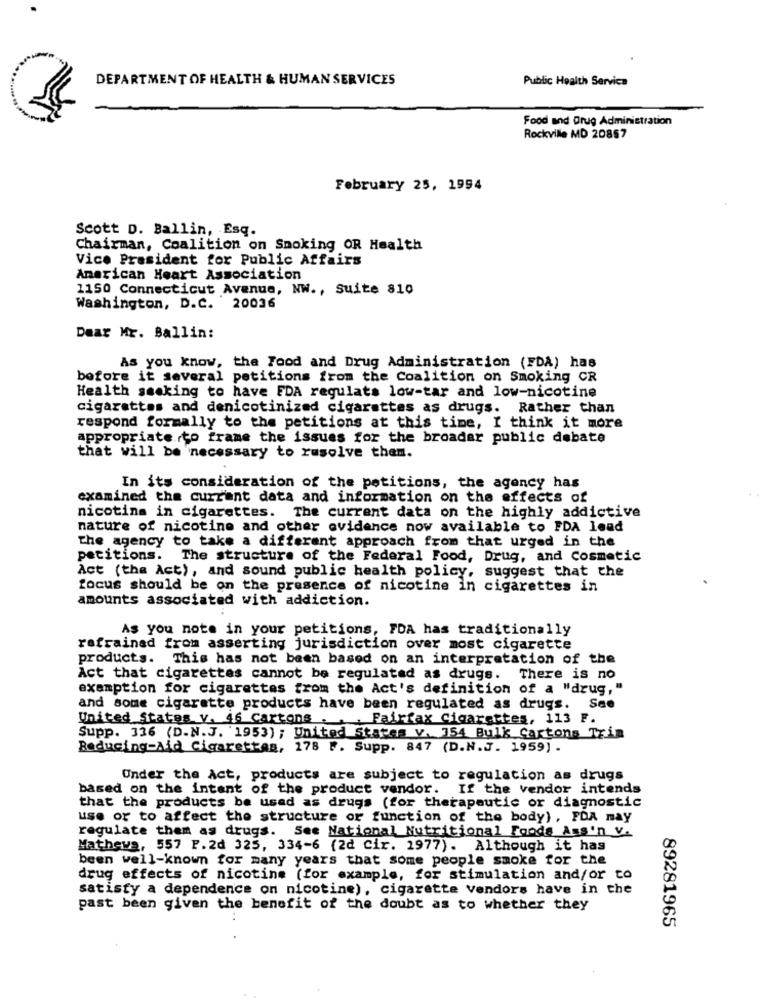
DEPARTMENT OF HEALTH & HUMAN SERVICES
Public Health Service
Food and Drug Administration
Rockville MD 20857
February 25, 1994
Scott D. Ballin, Esq.
Chairman, Coalition on Smoking OR Health
Vice President for Public Affairs
American Heart Association
1150 Connecticut Avenue, NW ., Suite 810
Washington, D.C. 20036
Dear Mr. Ballin:
As you know, the Food and Drug Administration (FDA) has
before it several petitions from the Coalition on Smoking CR
Health smoking to have FDA regulats low-tar and low-nicotine
cigarettes and denicotinized cigarettes as drugs. Rather than
respond formally to the petitions at this time, I think it more
appropriate.to frame the issues for the broader public debate
that will be necessary to resolve them.
In its consideration of the petitions, the agency has
examined the current data and information on the effects of
nicotina in cigarettes. The current data on the highly addictive
nature of nicotine and other evidence now available to FDA lead
The agency to take a different approach from that urged in the
petitions. The structure of the Federal Food, Drug, and Cosmetic
Act (the Act), and sound public health policy, suggest that the
focus should be on the presence of nicotine in cigarettes in
amounts associated with addiction.
As you note in your petitions, FDA has traditionally
refrained from asserting jurisdiction over most cigarette
products. This has not been based on an interpretation of the
Act that cigarettes cannot be regulated as drugs. There is no
exemption for cigarettes from the Act's definition of a "drug,"
and some cigarette products have been regulated as drugs. See
United States v. 46 Cartons . .. Fairfax Cigarettes, 113 F.
Supp. 336 (D.N.J. 1953) ; United States v. 354 Bulk Cartons Trin
Reducing-Aid Cigarettas, 178 F. Supp. 847 (D.N.J. 1959) .
Under the Act, products are subject to regulation as drugs
based on the intent of the product vendor. If the vendor intends
that the products be used as drugs (for therapeutic or diagnostic
use or to affect the structure or function of the body) , FDA may
regulate them as drugs. See National Nutritional Foods Ass'n V.
Mathews, 557 F. 2d 325, 334-6 (2d Cir. 1977). Although it has
been well-known for many years that some people smoke for the
drug effects of nicotine (for example, for stimulation and/or to
satisty a dependence on nicotine), cigarette vendors have in the
past been given the benefit of the doubt as to whether they
89281965